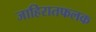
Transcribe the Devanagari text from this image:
जाहिरातफलक